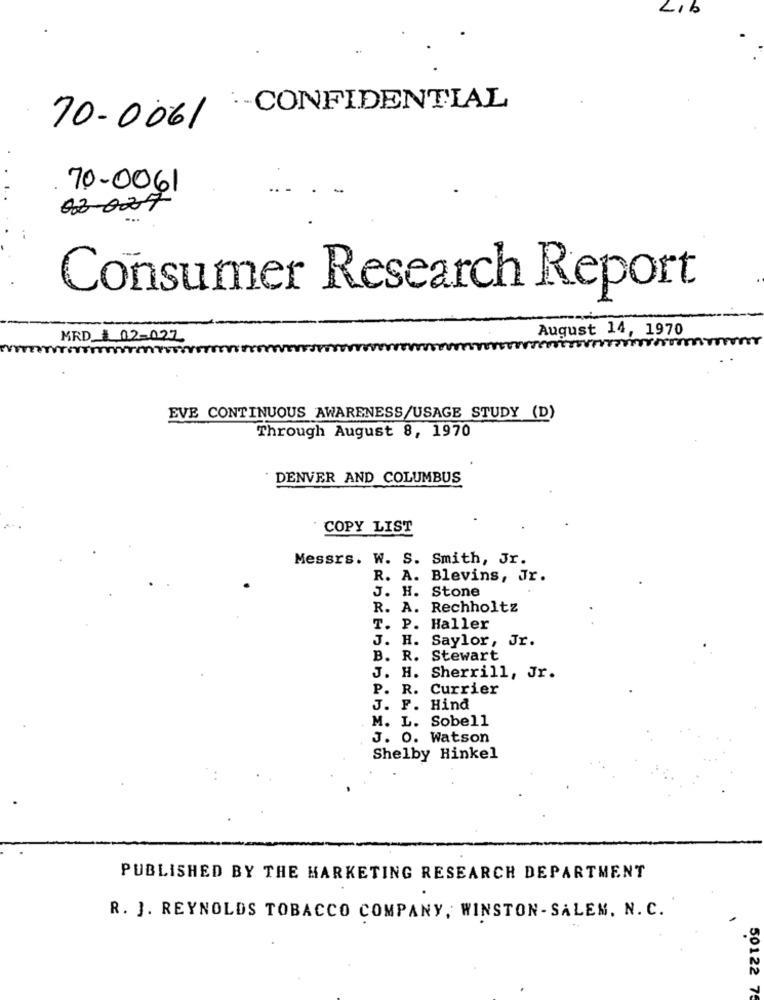
Lib
.- CONFIDENTIAL
70-0061
70-0061
02-027
Consumer Research Report
August 14, 1970
MRD __ 02-027
EVE CONTINUOUS AWARENESS/USAGE STUDY (D)
Through August 8, 1970
DENVER AND COLUMBUS
COPY LIST
Messrs. W. S. Smith, Jr.
R. A. Blevins, Jr.
J. H. Stone
R. A. Rechholtz
T. P. Haller
J. H. Saylor, Jr.
B. R. Stewart
J. H. Sherrill, Jr.
P. R. Currier
J. F. Hind
M. L. Sobell
J. O. Watson
Shelby Hinkel
PUBLISHED BY THE MARKETING RESEARCH DEPARTMENT
R. J. REYNOLDS TOBACCO COMPANY, WINSTON - SALEM, N. C.
50122 75